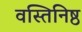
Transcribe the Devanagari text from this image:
वस्तिनिष्ठ